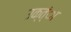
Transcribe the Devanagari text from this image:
उक्त्ंा